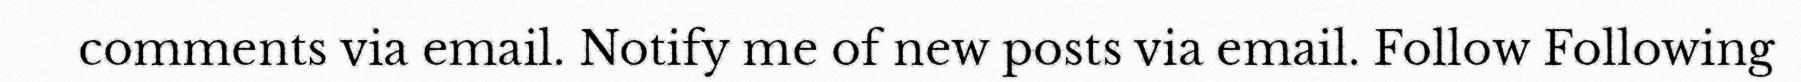
comments via email. Notify me of new posts via email. Follow Following